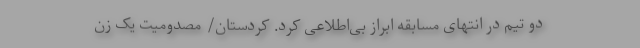
دو تیم در انتهای مسابقه ابراز بی‌اطلاعی کرد. کردستان/ مصدومیت یک زن